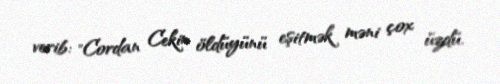
verib: "Cordan Cekin öldüyünü eşitmək məni çox üzdü.